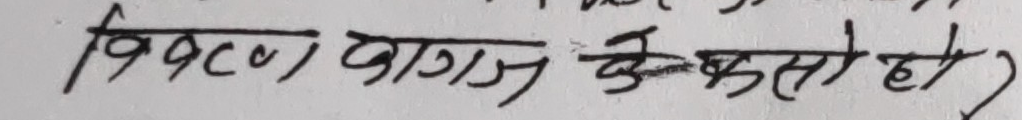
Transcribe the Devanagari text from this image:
विवरण कागज कस्तो हो ?